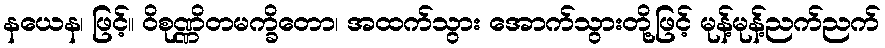
နယေန၊ ဖြင့်။ ဝိစုဏ္ဏိတမက္ခိတော၊ အထက်သွား အောက်သွားတို့ဖြင့် မုန့်မုန့်ညက်ညက်